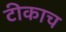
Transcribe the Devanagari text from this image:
टीकाच